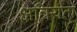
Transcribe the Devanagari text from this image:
क्षत्रियता